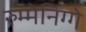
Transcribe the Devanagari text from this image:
रुम्मेनिग्गे